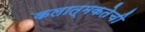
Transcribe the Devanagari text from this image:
कलात्मकतेची